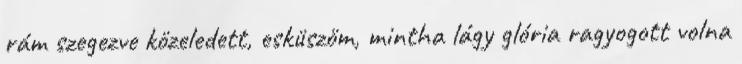
rám szegezve közeledett, esküszöm, mintha lágy glória ragyogott volna